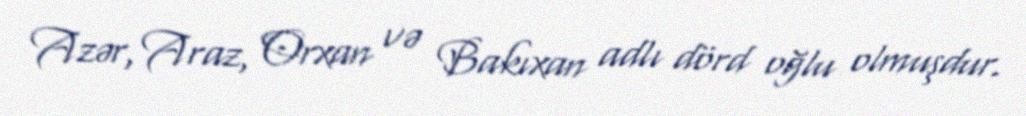
Azər, Araz, Orxan və Bakıxan adlı dörd oğlu olmuşdur.